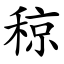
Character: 稤